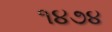
૧૪૭૪